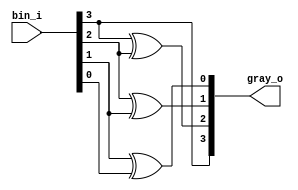
// Binary to gray code

module day9 #(
  parameter VEC_W = 4
)(
  input     wire[VEC_W-1:0] bin_i,
  output    wire[VEC_W-1:0] gray_o
);

  assign gray_o[VEC_W-1] = bin_i[VEC_W-1]; 
  
  genvar i;
  for(i = VEC_W-2; i>=0; i=i-1)
    assign gray_o[i] = bin_i[i+1] ^ bin_i[i];

  //another method for this question
  //assign gray_o = bin_i ^ (bin_i >> 1); 
endmodule